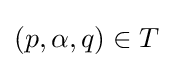
(p,\alpha ,q)\in T